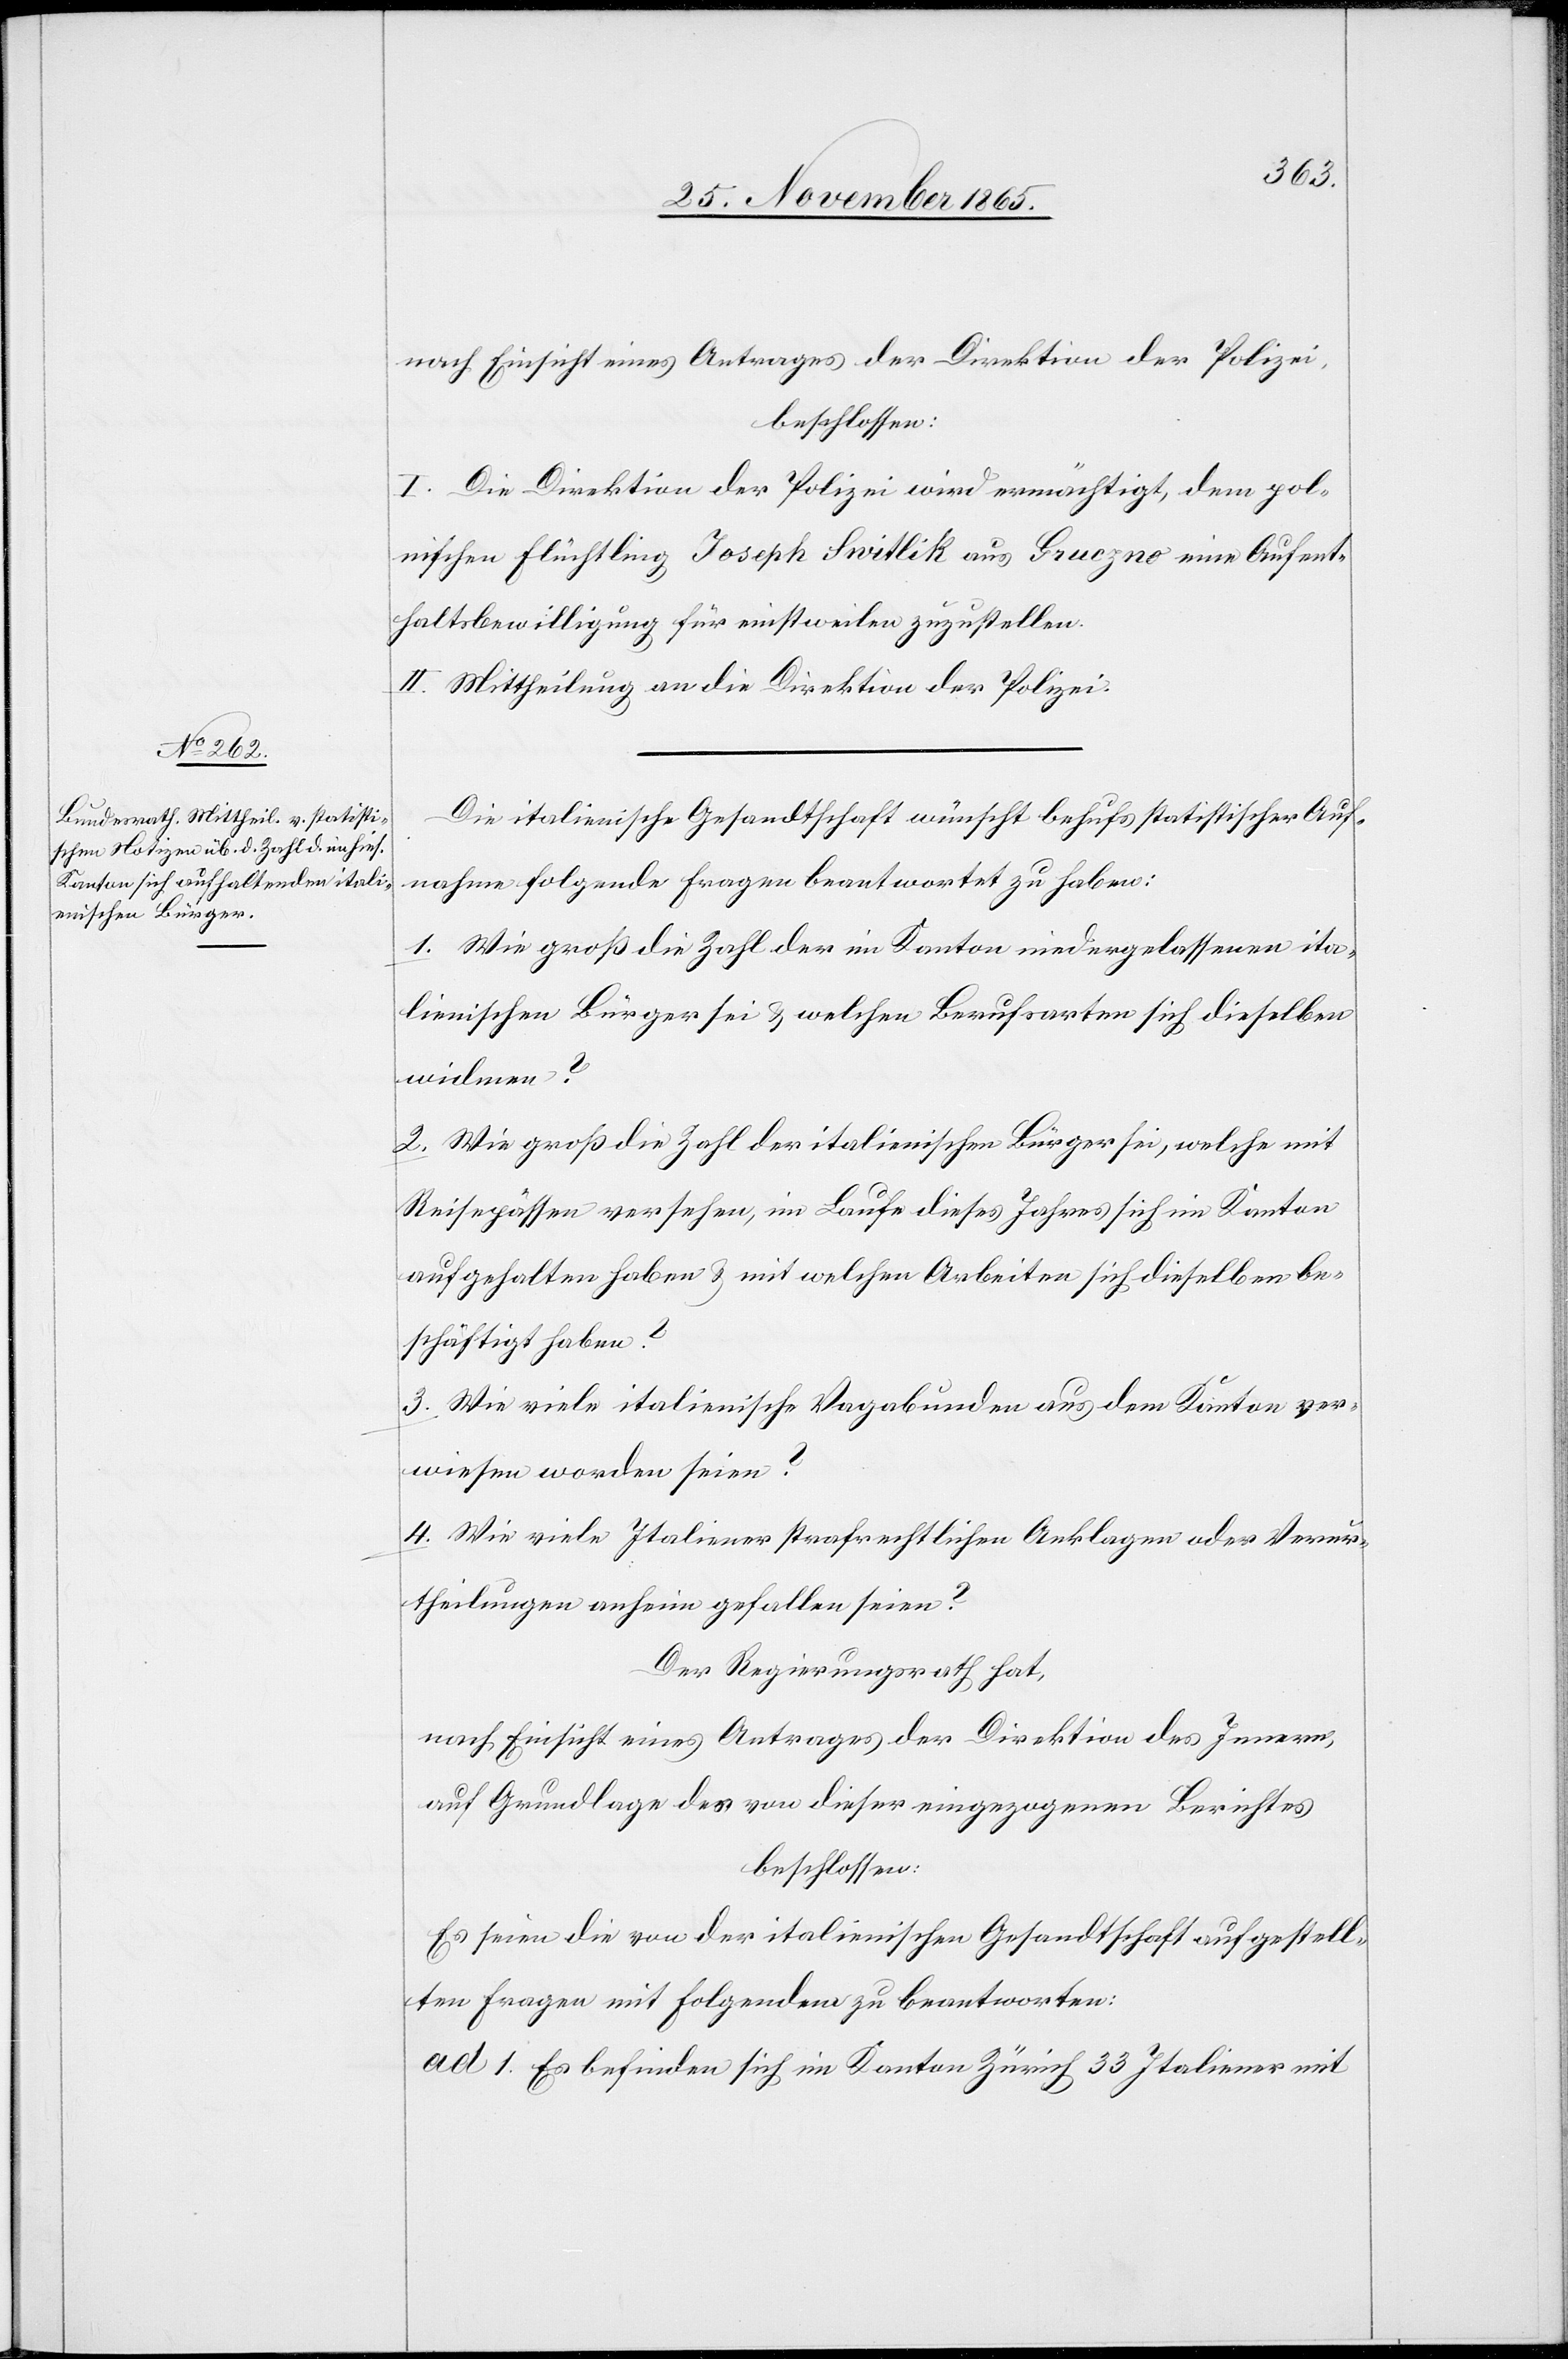
nach Einsicht eines Antrages der Direktion der Polizei,
beschlossen:
I. Die Direktion der Polizei wird ermächtigt, dem pol¬
nischen Flüchtling Joseph Switlik aus Gruczno eine Aufent¬
haltsbewilligung für einstweilen zuzustellen.
II. Mittheilung an die Direktion der Polizei.
Die italienische Gesandtschaft wünscht behufs statistischer Auf¬
nahme folgende Fragen beantwortet zu haben:
1. Wie groß die Zahl der im Kanton niedergelassenen ita¬
lienischen Bürger sei & welchen Berufsarten sich dieselben
widmen?
2. Wie groß die Zahl der italienischen Bürger sei, welche mit
Reisepässen versehen, im Laufe dieses Jahres sich im Kanton
aufgehalten haben & mit welchen Arbeiten sich dieselben be¬
schäftigt haben?
3. Wie viele italienische Vagabunden aus dem Kanton Zürich
verwiesen worden seien?
4. Wie viele Italiener strafrechtlichen Anklagen oder Verur¬
theilungen anhin gefallen seien?
Der Regierungsrath hat,
nach Einsicht eines Antrages der Direktion des Innern,
auf Grundlage des von dieser eingezogenen Berichtes,
beschlossen:
Es seien die von der italienischen Gesandtschaft aufgestell¬
ten Fragen mit Folgendem zu beantworten:
ad 1. Es befinden sich im Kanton Zürich 33 Italiener mit